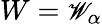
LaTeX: W={\small{\mathscr W}}_{\alpha}